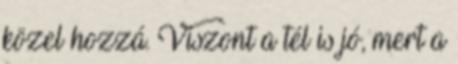
közel hozzá. Viszont a tél is jó, mert a